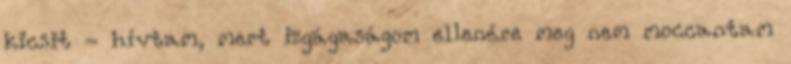
kicsit - hívtam, mert izgágaságom ellenére meg nem moccantam